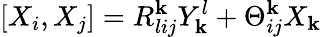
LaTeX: [X_{i},X_{j}]=R_{lij}^{\mathbf{k}}Y_{\mathbf{k}}^{l}+\Theta_{ij}^{\mathbf{k}}X_{\mathbf{k}}